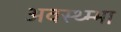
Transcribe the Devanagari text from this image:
अवस्थ्म्भा